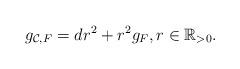
LaTeX: \begin{align*}g_{\mathcal C,F}=dr^2+r^2g_F, r\in\mathbb R_{>0}. \end{align*}